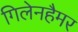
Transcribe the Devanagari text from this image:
गिलेनहैमर